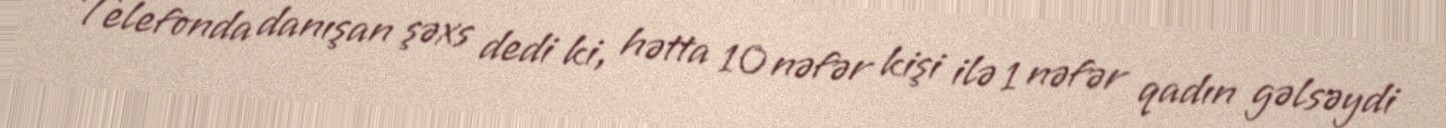
Telefonda danışan şəxs dedi ki, hətta 10 nəfər kişi ilə 1 nəfər qadın gəlsəydi